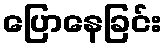
ပြောနေခြင်း